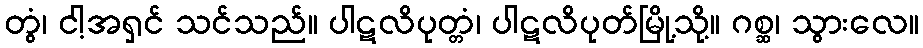
တွံ၊ ငါ့အရှင် သင်သည်။ ပါဋလိပုတ္တံ၊ ပါဋလိပုတ်မြို့သို့။ ဂစ္ဆ၊ သွားလေ။